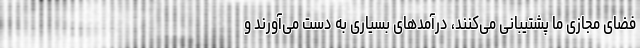
فضای مجازی ما پشتیبانی می‌کنند، درآمدهای بسیاری به دست می‌آورند و